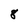
Character: 8